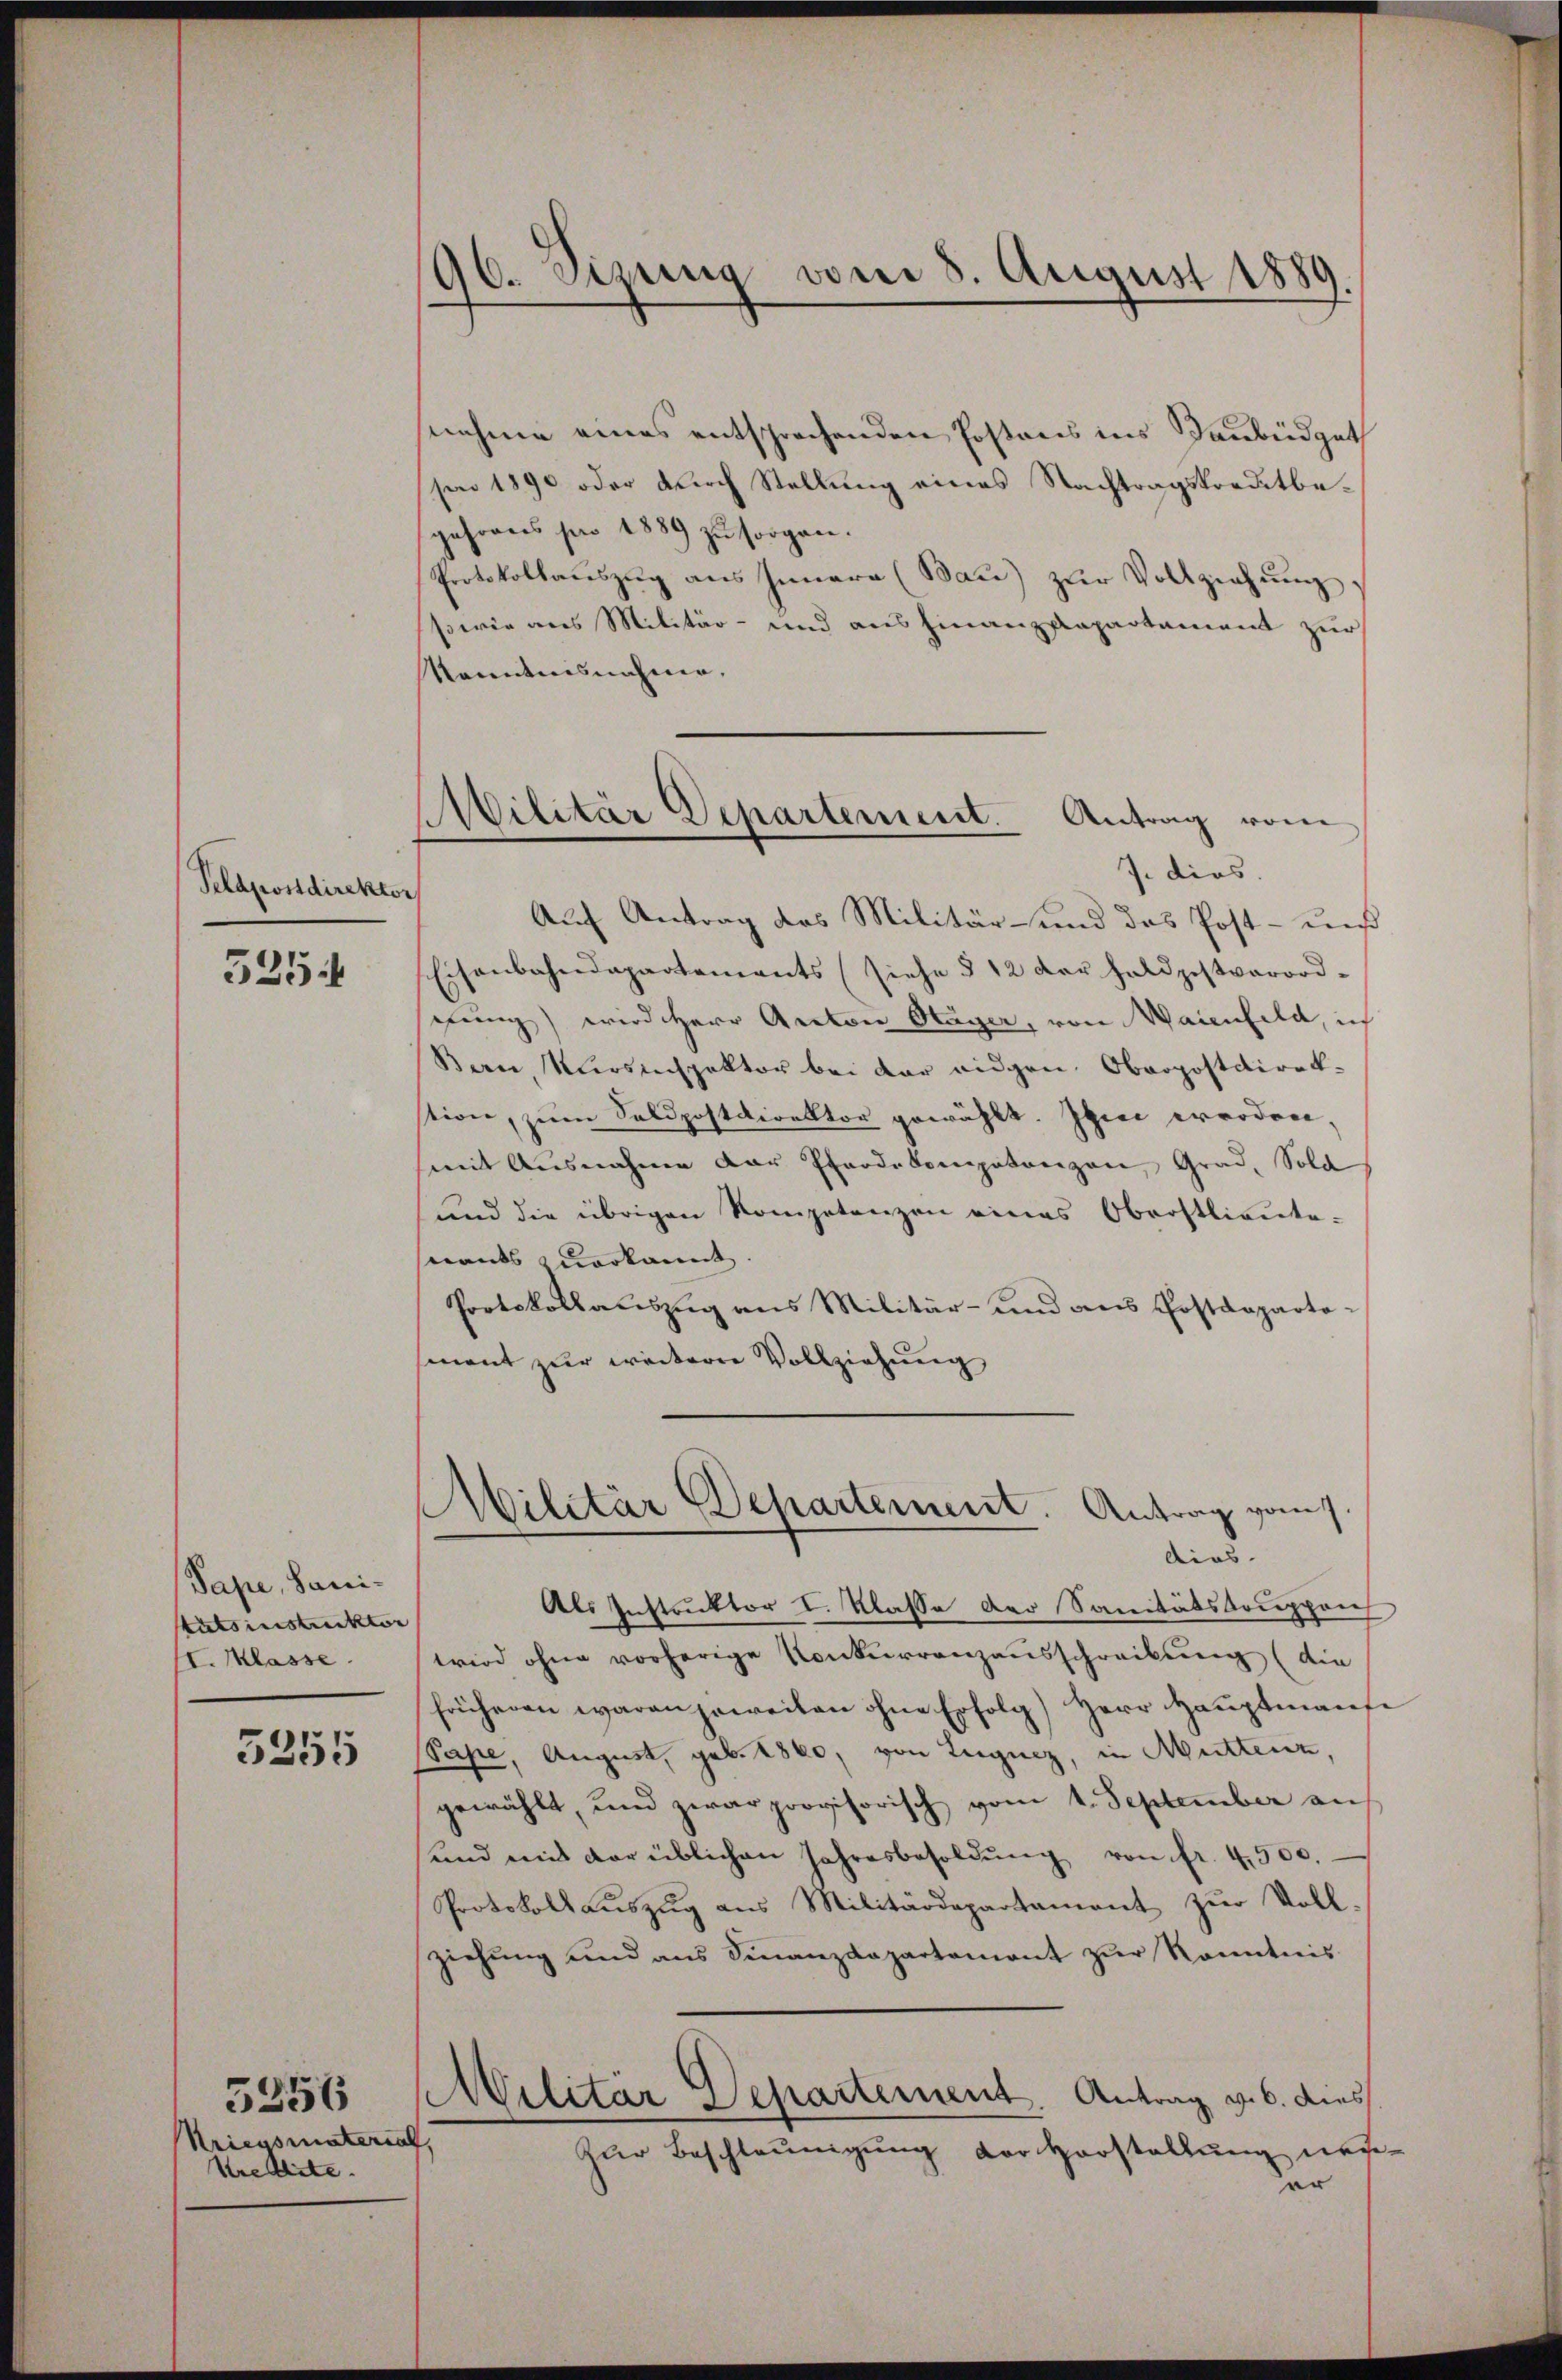
5254

Pape, Sanistätsinstruktor
I. Klasse.

3255

Kriegsmateris
Kredite. |

5256

96. Sizung vom 8. August 1889.

Militär Departement. Antrag vom

nehme eines entsprechenden Postens ins Taubüdgeth
son 1890 oder durch Stellung eines Nachtragskreditbejahrens pro 1889 zu sorgen.
Protokollauszug aus Innern (Mau) zŭr Vollziehung
sowie aus Militär- und ausfinanzdepartement zur
kanntnisnahme,
7. dies.
Plapostdirektor Auf Antrag des Militär- und das Post- und
Eisenbahndepartements (siehe § 12 der Feldpostverordschung) wird Herr Anton Stäger, von Waienfeld, ich
Bern, Klosenspektor bei der eidgen. Oberpostdirekstion, zum Soldpostdirektor gewählt. Ihm worden,
mit Ausnahme der Pferdekompetenzen, Grad, Sold
und die übrigen Kompetenzen eines Oberstlieute-
nants zuerkannt.
Protokollauszug aus Militär- und aus Postdepartosment zur weitere Vollziehung
Abilitär Departement. Antrag vom 1.
dies
Als Instruktor I. Klasse der Sanitätskoupprich
wird ohne vorherige Konkurrenzausschreibung (die
früheren waren jeweiten ohne Erfolg) Herr Hauptmanfe
Pape, August, geb. 1860, von Lugnez, in Muttenz,
gewählt, und zwar provisorisch vom 1. September an
sund mit der üblichen Jahresbesoldŭng von fr. 4500.
Protokoll auszug aus Militärdepartament zur Voll
ziehung und aus Finanzdepartemont zur Kenntnis
Militär Departement. Antrag v. 6. dies
.
Zur Beschleunigung der Vorstellung neuedar